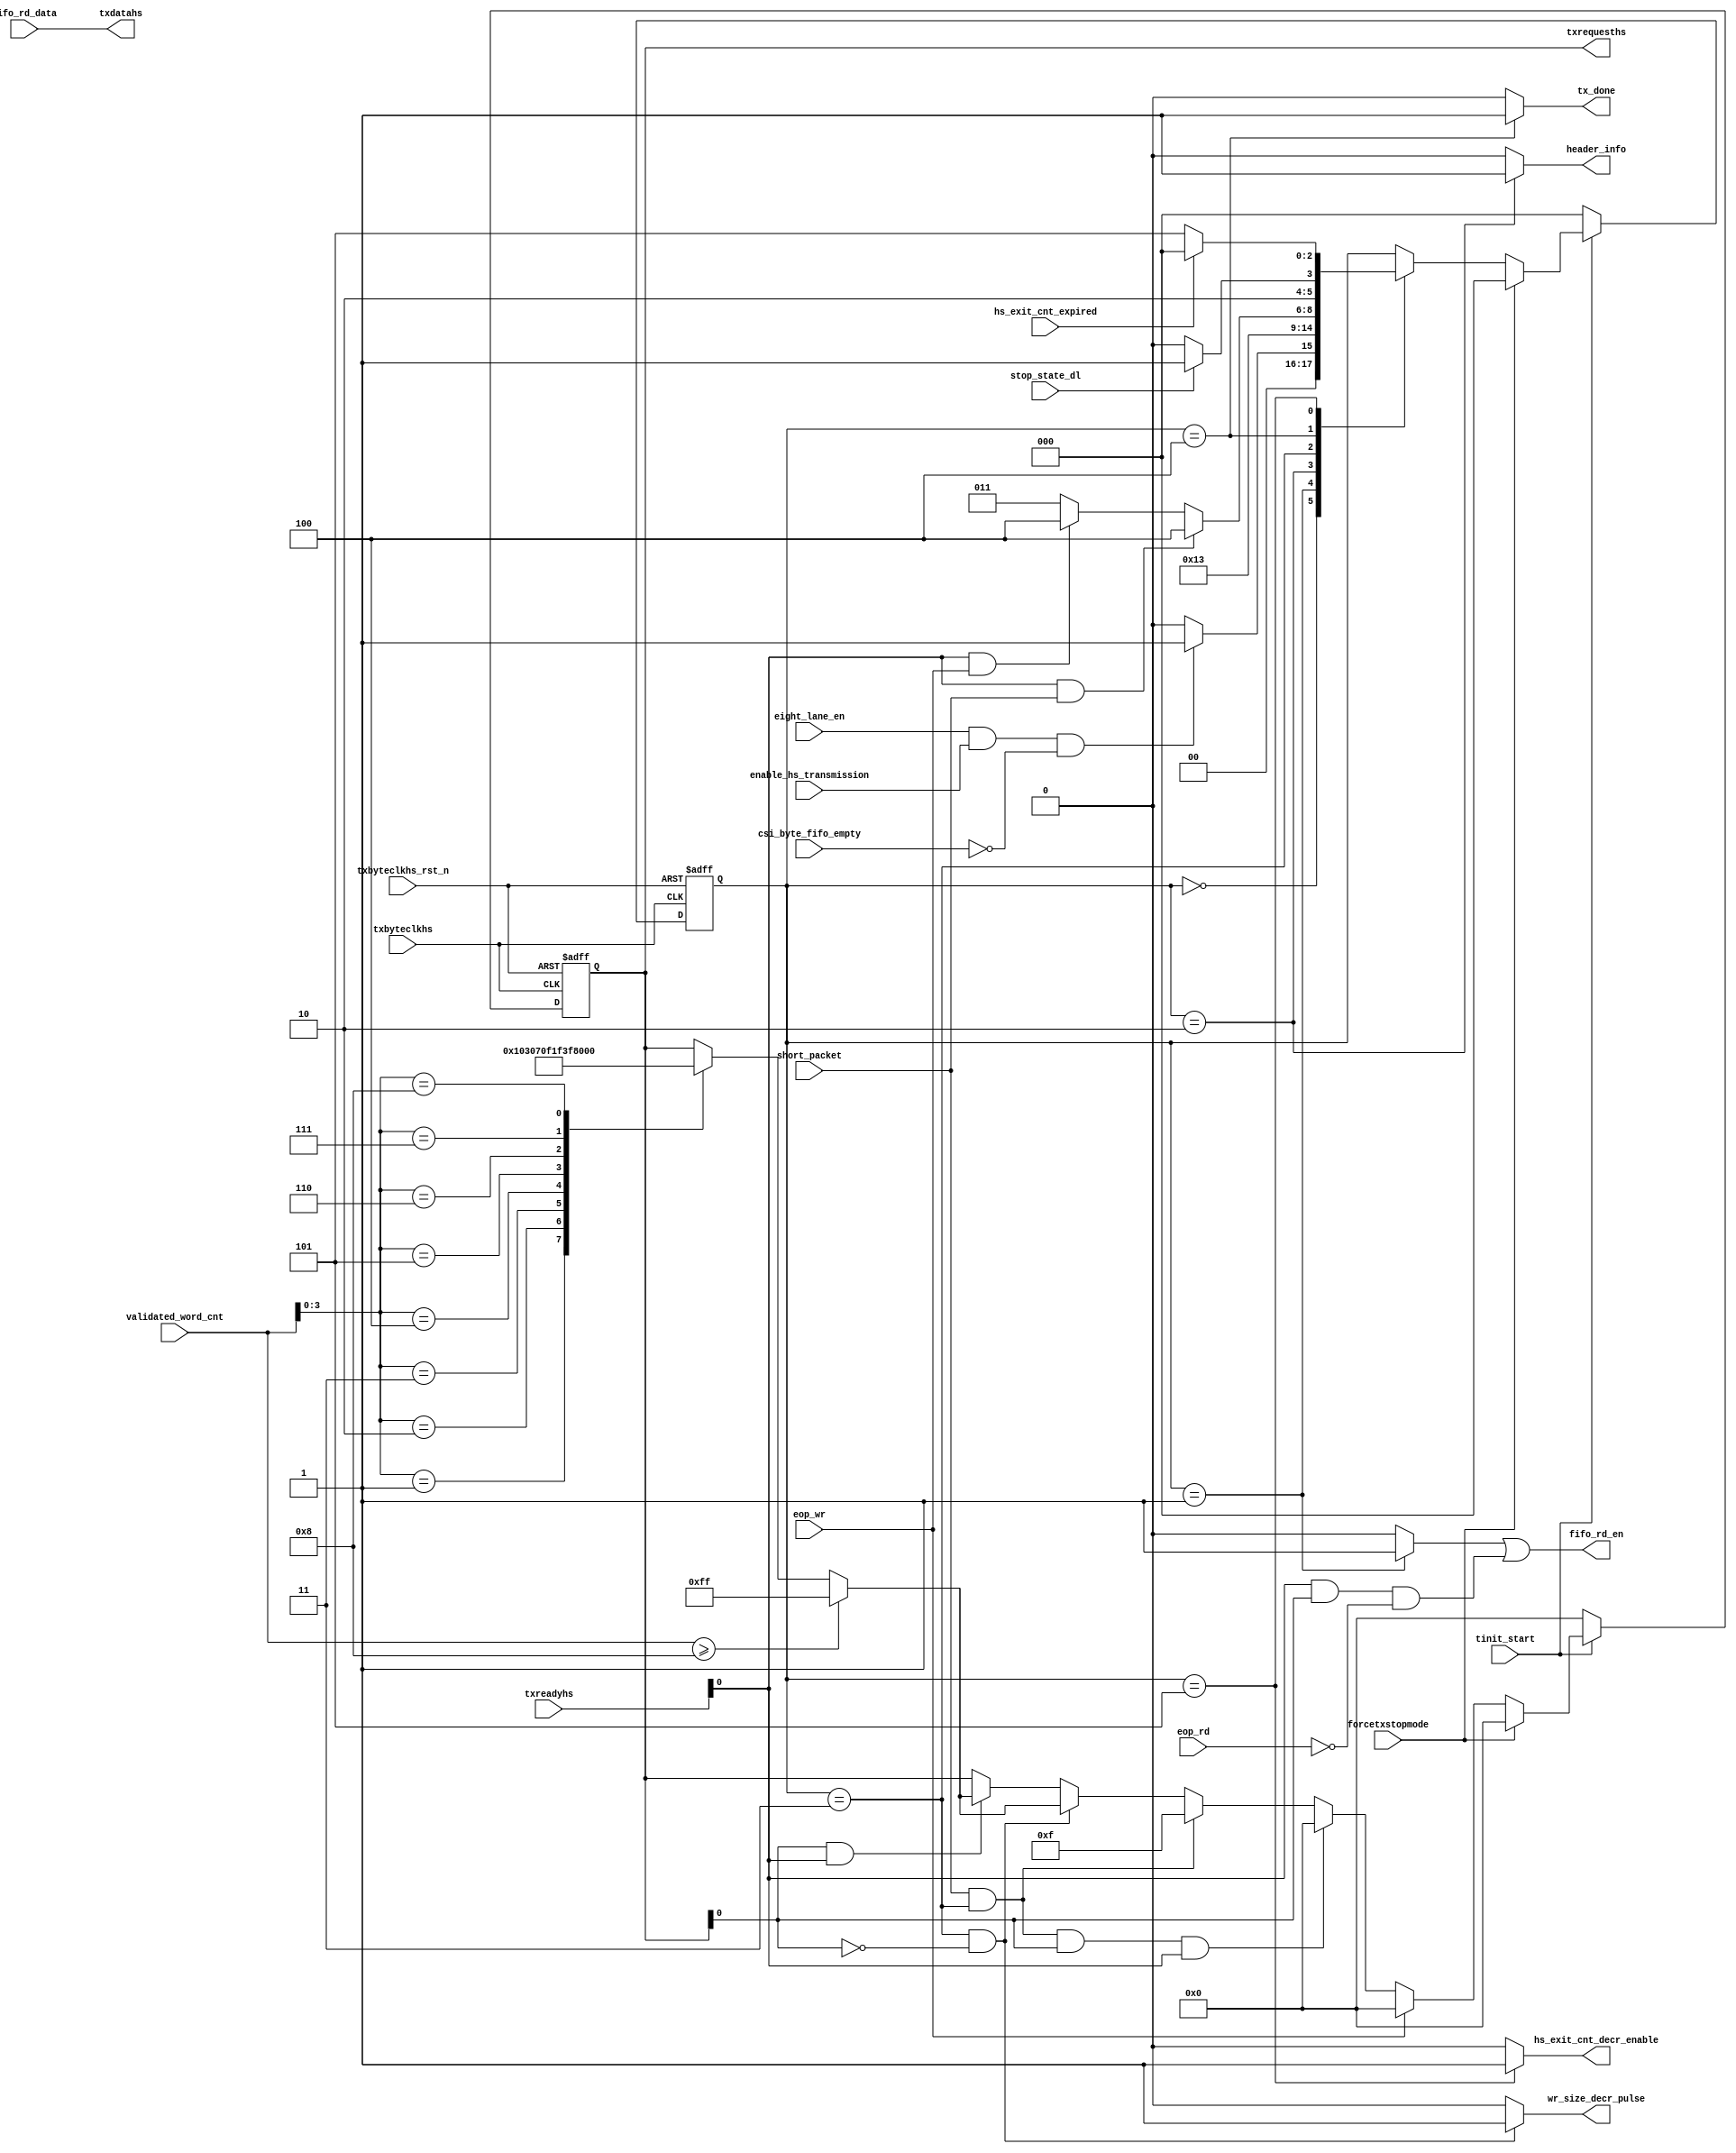
module csi2tx_eight_lane_ldl 
(
 input  wire        txbyteclkhs                ,
 input  wire        txbyteclkhs_rst_n          ,
 input  wire        tinit_start                ,
 input  wire        eight_lane_en              ,
 input  wire        csi_byte_fifo_empty        ,  
 input  wire        enable_hs_transmission     ,
 input  wire        short_packet               ,
 input  wire        forcetxstopmode            ,
 input  wire        eop_wr                     ,
 input  wire        eop_rd                     ,
 input  wire [7:0]  txreadyhs                  ,   
 input  wire        hs_exit_cnt_expired        ,
 input  wire        stop_state_dl              ,   
 input  wire [16:0] validated_word_cnt         ,
 input  wire [63:0] fifo_rd_data               ,
 output wire        wr_size_decr_pulse         ,
 output wire        fifo_rd_en                 ,
 output wire [63:0] txdatahs                   ,
 output wire [7:0]  txrequesths                ,
 output wire        hs_exit_cnt_decr_enable    ,
 output wire        header_info                ,
 output wire        tx_done
);
//------------------------------------------------------------------------------
// Internal signal declaration
parameter IDLE                = 3'b000;
parameter RD_HDR              = 3'b001;
parameter DLY                 = 3'b010;
parameter REQ_HS              = 3'b011;
parameter STOP_STATE          = 3'b100;
parameter HS_EXIT             = 3'b101;
reg [2:0] cur_state                ;
wire      fifo_hdr_read_c          ;
wire      fifo_read_on_hready_c    ;
reg [7:0] txrequesths_r            ;

//------------------------------------------------------------------------------
//
always@(posedge txbyteclkhs or negedge txbyteclkhs_rst_n) begin
 if (txbyteclkhs_rst_n == 1'b0)
  cur_state <= IDLE;
 else if (tinit_start == 1'b0)
  cur_state <= IDLE;
 else if (forcetxstopmode == 1'b1)
  cur_state <= IDLE;
 else
  case (cur_state)
   IDLE : begin
    if ((eight_lane_en == 1'b1) && (enable_hs_transmission == 1'b1) && (csi_byte_fifo_empty == 1'b0))
     cur_state <= RD_HDR;
    else
     cur_state <= IDLE;
   end
   RD_HDR : begin
    cur_state <= DLY;
   end
   // To accomodate read latency of FIFO
   DLY : begin
    cur_state <= REQ_HS;
   end
   REQ_HS : begin
    if ((txreadyhs[0] == 1'b1) && (short_packet == 1'b1))
     cur_state <= STOP_STATE;
    else if((txreadyhs[0] == 1'b1) && (eop_wr == 1'b1))
     cur_state <= STOP_STATE;
    else
     cur_state <= REQ_HS; 
   end
  STOP_STATE : begin
    if (stop_state_dl == 1'b1)
     cur_state <= HS_EXIT;
    else
     cur_state <= STOP_STATE;
   end
   HS_EXIT : begin
    if (hs_exit_cnt_expired == 1'b1)
     cur_state <= IDLE;
    else
     cur_state <= HS_EXIT;
   end
  endcase
end

assign hs_exit_cnt_decr_enable = (cur_state == HS_EXIT) ? 1'b1 : 1'b0;
//------------------------------------------------------------------------------
//
assign fifo_hdr_read_c       = (cur_state == RD_HDR ) ? 1'b1 : 1'b0;
assign header_info           = (cur_state == DLY    ) ? 1'b1 : 1'b0;
assign fifo_read_on_hready_c = (txreadyhs[0] & txrequesths[0] & !eop_rd);
assign fifo_rd_en            = fifo_hdr_read_c | fifo_read_on_hready_c; 
assign wr_size_decr_pulse    = ((cur_state == REQ_HS) && (txrequesths_r[0] == 1'b0)) ? 1'b1 : 1'b0;
assign tx_done                 = (cur_state == STOP_STATE) ? 1'b1 : 1'b0;
//------------------------------------------------------------------------------
// Txrequesths generation
always@(posedge txbyteclkhs or negedge txbyteclkhs_rst_n) begin
 if (txbyteclkhs_rst_n == 1'b0)
  txrequesths_r <= 8'b0000_0000;
 else if (tinit_start == 1'b0)
  txrequesths_r <= 8'b0000_0000;
 else if (forcetxstopmode == 1'b1)
  txrequesths_r <= 8'b0000_0000;
 else if (eop_wr == 1'b1)
  txrequesths_r <= 8'b0000_0000;
 else if ((short_packet == 1'b1) && (cur_state == REQ_HS) && (txrequesths[0] == 1'b1) && (txreadyhs[0] == 1'b1))
   txrequesths_r <= 8'b0000_0000;
 else if ((short_packet == 1'b1) && (cur_state == REQ_HS))
  txrequesths_r <= 8'b0000_1111;
 else if ((cur_state == REQ_HS) && (txrequesths_r[0] == 1'b0))
  if (validated_word_cnt >= 17'h8)
   txrequesths_r <= 8'b1111_1111;
  else
   case(validated_word_cnt[3:0])
    4'b0001 : txrequesths_r <= 8'b0000_0001;
    4'b0010 : txrequesths_r <= 8'b0000_0011;
    4'b0011 : txrequesths_r <= 8'b0000_0111;
    4'b0100 : txrequesths_r <= 8'b0000_1111;
    4'b0101 : txrequesths_r <= 8'b0001_1111;
    4'b0110 : txrequesths_r <= 8'b0011_1111;
    4'b0111 : txrequesths_r <= 8'b0111_1111;
    4'b1000 : txrequesths_r <= 8'b1111_1111;
   endcase 
  else if ((txrequesths_r[0] == 1'b1) && (txreadyhs[0] == 1'b1))
  if (validated_word_cnt >= 17'h8)
   txrequesths_r <= 8'b1111_1111;
  else
   case(validated_word_cnt[3:0])
    4'b0001 : txrequesths_r <= 8'b0000_0001;
    4'b0010 : txrequesths_r <= 8'b0000_0011;
    4'b0011 : txrequesths_r <= 8'b0000_0111;
    4'b0100 : txrequesths_r <= 8'b0000_1111;
    4'b0101 : txrequesths_r <= 8'b0001_1111;
    4'b0110 : txrequesths_r <= 8'b0011_1111;
    4'b0111 : txrequesths_r <= 8'b0111_1111;
    4'b1000 : txrequesths_r <= 8'b1111_1111;
   endcase   
end

assign txrequesths = txrequesths_r; 
assign txdatahs = fifo_rd_data;
endmodule